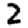
Digit: 2